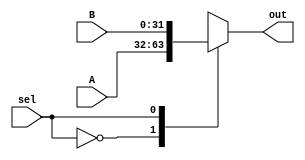
`timescale 1ns / 1ps
//////////////////////////////////////////////////////////////////////////////////
// Company: 
// Engineer: 
// 
// Design Name: 
// Module Name:    mux2 
// Project Name: 
// Target Devices: 
// Tool versions: 
// Description: 
//
// Dependencies: 
//
// Revision: 
// Revision 0.01 - File Created
// Additional Comments: 
//
//////////////////////////////////////////////////////////////////////////////////
module mux2(A, B, sel, out);
  parameter N = 31;
  input [N:0]A;
  input [N:0]B;
  input sel;
  output reg[N:0] out;
  
  always @(*)
    begin
      case(sel)
        0: out = A;
        1: out = B;
      endcase
    end
endmodule